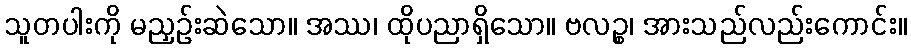
သူတပါးကို မညှဉ်းဆဲသော။ အဿ၊ ထိုပညာရှိသော။ ဗလဉ္စ၊ အားသည်လည်းကောင်း။